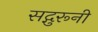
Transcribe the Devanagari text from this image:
सद्गुरूनी